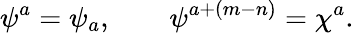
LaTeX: \psi^{a}=\psi_{a},\qquad\psi^{a+(m-n)}=\chi^{a}.